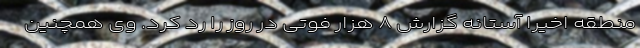
منطقه اخیراً آستانه گزارش ۸ هزار فوتی در روز را رد کرد. وی همچنین